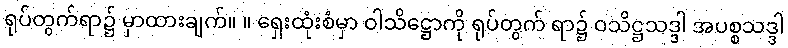
ရုပ်တွက်ရာ၌ မှာထားချက်။ ။ ရှေးထုံးစံမှာ ဝါသိဋ္ဌောကို ရုပ်တွက် ရာ၌ ဝသိဋ္ဌသဒ္ဒါ အပစ္စသဒ္ဒါ